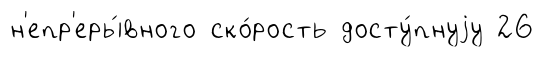
н'епр'еры́вного ско́рость досту́пнуjу 26